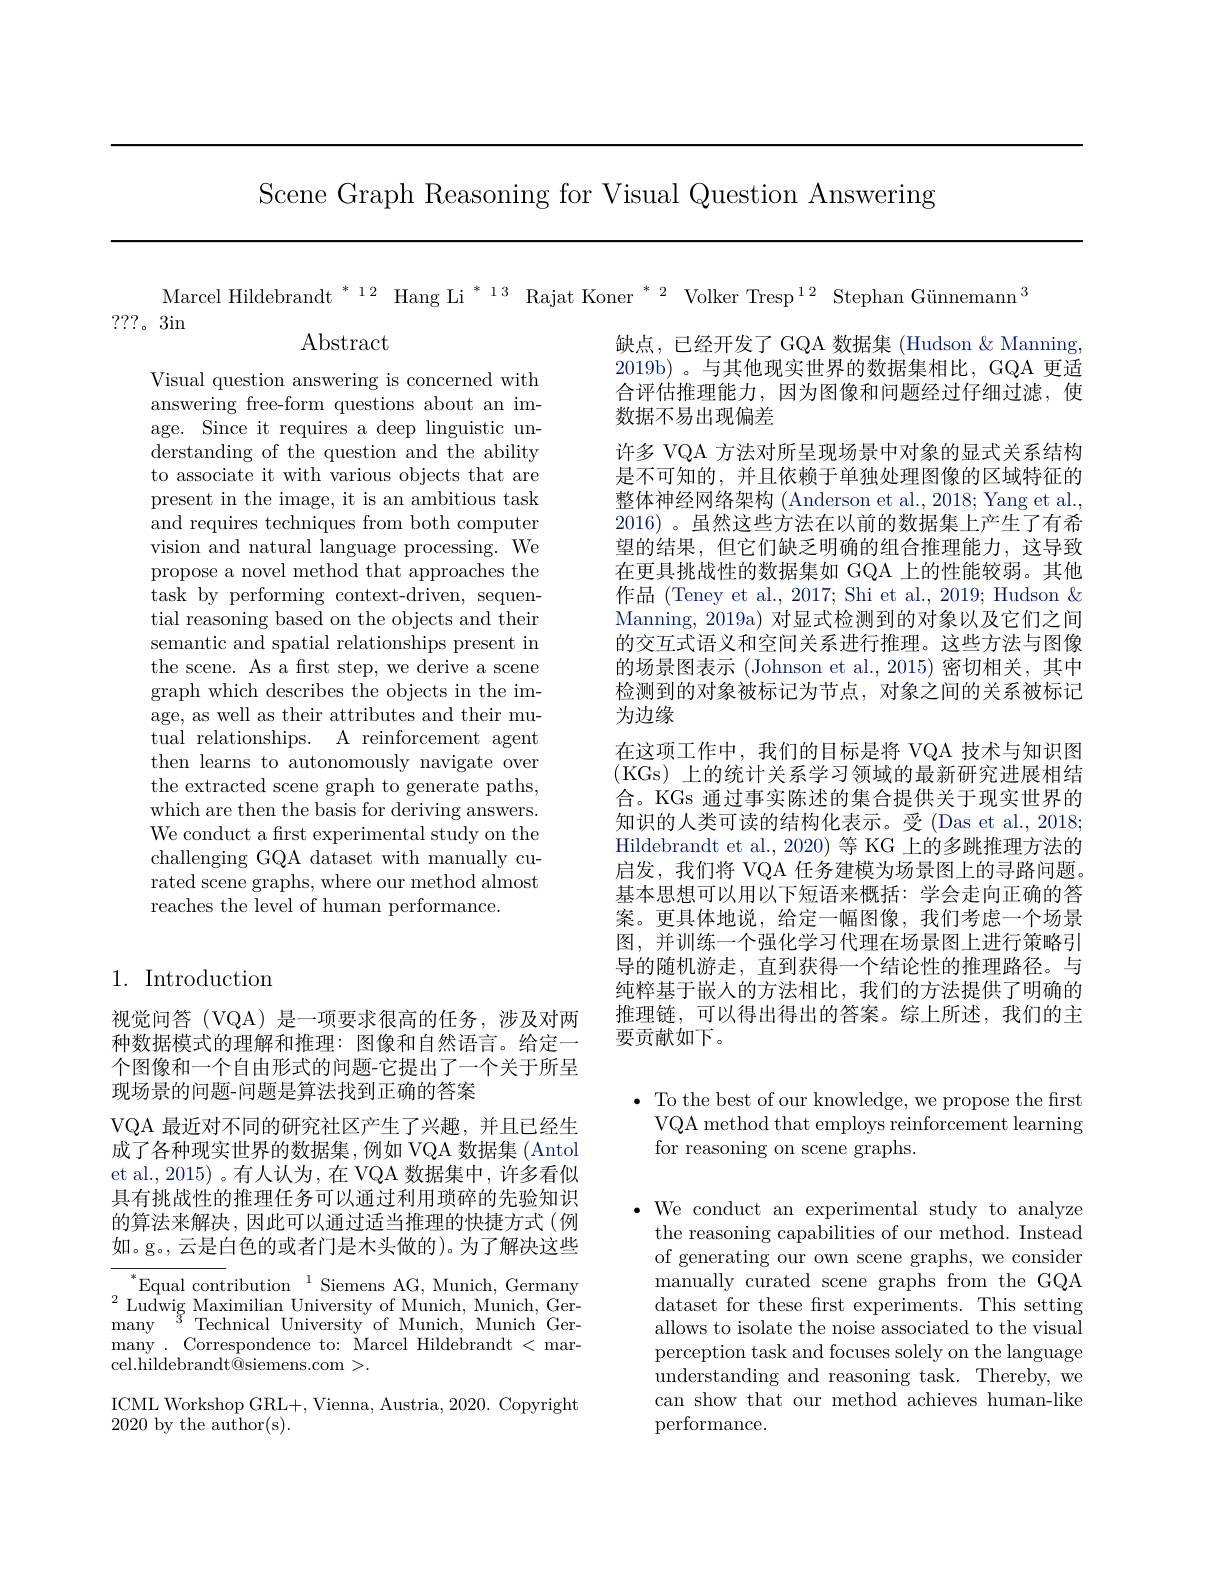
Scene Graph Reasoning for Visual Question Answering

Marcel Hildebrandt $^{*\:12}$ Hang Li$^{*\:13}$ Rajat Koner $^{*\:2}$ Volker Tresp$^{12}$ Stephan Günnemann$^{3}$

???。3in

$\operatorname{Abstract}$

Visual question answering is concerned with answering free-form questions about an image. Since it requires a deep linguistic understanding of the question and the ability to associate it with various objects that are present in the image, it is an ambitious task and requires techniques from both computer vision and natural language processing. We propose a novel method that approaches the task by performing context-driven, sequential reasoning based on the objects and their semantic and spatial relationships present in the scene. As a frst step, we derive a scene graph which describes the objects in the image, as well as their attributes and their mutual relationships. A reinforcement agent then learns to autonomously navigate over the extracted scene graph to generate paths, which are then the basis for deriving answers. We conduct a frst experimental study on the challenging GQA dataset with manually curated scene graphs, where our method almost reaches the level of human performance.

缺点，已经开发了 GQA 数据集 (Hudson &Manning, 2019b) 。与其他现实世界的数据集相比，GQA 更适合评估推理能力，因为图像和问题经过仔细过滤，使数据不易出现偏差
许多 VQA 方法对所呈现场景中对象的显式关系结构是不可知的，并且依赖于单独处理图像的区域特征的整体神经网络架构 (Anderson et al., 2018; Yang et al., 2016) 。虽然这些方法在以前的数据集上产生了有希望的结果，但它们缺乏明确的组合推理能力，这导致在更具挑战性的数据集如 GQA 上的性能较弱。其他作品 (Teney et al., 2017; Shi et al., 2019; Hudson & Manning, 2019a) 对显式检测到的对象以及它们之间的交互式语义和空间关系进行推理。这些方法与图像的场景图表示 (Johnson et al., 2015)密切相关，其中检测到的对象被标记为节点，对象之间的关系被标记为边缘
在这项工作中，我们的目标是将 VQA 技术与知识图(KGs)上的统计关系学习领域的最新研究进展相结合。KGs 通过事实陈述的集合提供关于现实世界的知识的人类可读的结构化表示。受 (Das et al., 2018; Hildebrandt et al., 2020) 等 KG 上的多跳推理方法的启发，我们将 VQA 任务建模为场景图上的寻路问题。基本思想可以用以下短语来概括：学会走向正确的答案。更具体地说，给定一幅图像，我们考虑一个场景图，并训练一个强化学习代理在场景图上进行策略引导的随机游走，直到获得一个结论性的推理路径。与纯粹基于嵌人的方法相比，我们的方法提供了明确的推理链，可以得出得出的答案。综上所述，我们的主要贡献如下。

## 1. Introduction

$\bullet$ To the best of our knowledge, we propose the first
VQA method that employs reinforcement learning
for reasoning on scene graphs.

视觉问答(VQA)是一项要求很高的任务，涉及对两种数据模式的理解和推理：图像和自然语言。给定一个图像和一个自由形式的问题-它提出了一个关于所呈现场景的问题-问题是算法找到正确的答案
VQA 最近对不同的研究社区产生了兴趣，并且已经生成了各种现实世界的数据集，例如 VQA 数据集 (Antol et al., 2015) 。有人认为，在 VQA 数据集中，许多看似具有挑战性的推理任务可以通过利用琐碎的先验知识的算法来解决，因此可以通过适当推理的快捷方式(例如。g。, 云是白色的或者门是木头做的)。为了解决这些

$\bullet$ We conduct an experimental study to analyze
the reasoning capabilities of our method. Instead of generating our own scene graphs, we consider manually curated scene graphs from the GQA dataset for these frst experiments. This setting allows to isolate the noise associated to the visual perception task and focuses solely on the language understanding and reasoning task. Thereby, we can show that our method achieves human-like performance.

$^*$Equal contribution$^1$Siemens AG, Munich, Germany $^{2}$Ludwig Maximilian University of Munich, Munich, Ger-
$^{3}{\mathrm{~Technical~University~of~Munich,~Munich~Ger-}}$
many
many . Correspondence to: Marcel Hildebrandt < mar-
cel.hildebrandt$\bar{@}$siemens.com >.

ICML Workshop GRL+, Vienna, Austria, 2020. Copyright
2020 by the author(s).